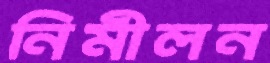
নিমীলন